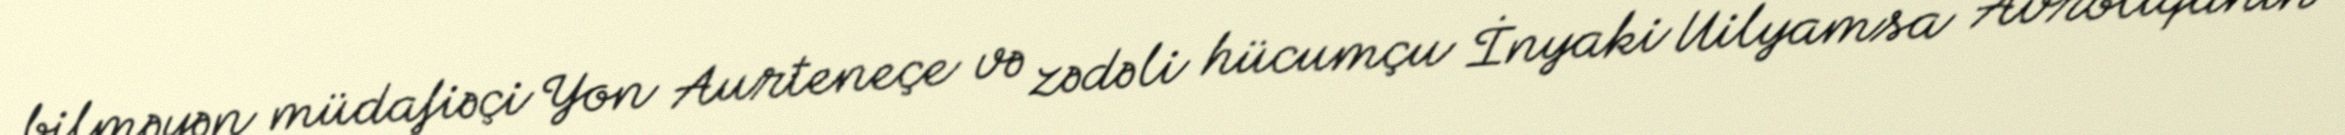
bilməyən müdafiəçi Yon Aurteneçe və zədəli hücumçu İnyaki Uilyamsa Avroliqanın